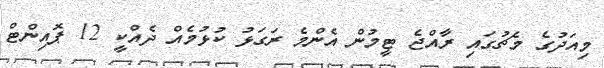
މިއަދުގެ މެޗުގައި ރާއްޖެ ޓީމުން އެންމެ ރަގަޅު ކުޅުމެއް ދެއްކީ 12 ޕޮއިންޓް